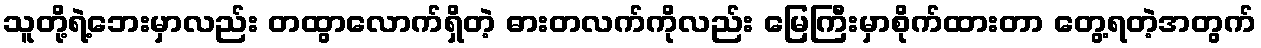
သူတို့ရဲ့ဘေးမှာလည်း တထွာလောက်ရှိတဲ့ ဓားတလက်ကိုလည်း မြေကြီးမှာစိုက်ထားတာ တွေ့ရတဲ့အတွက်